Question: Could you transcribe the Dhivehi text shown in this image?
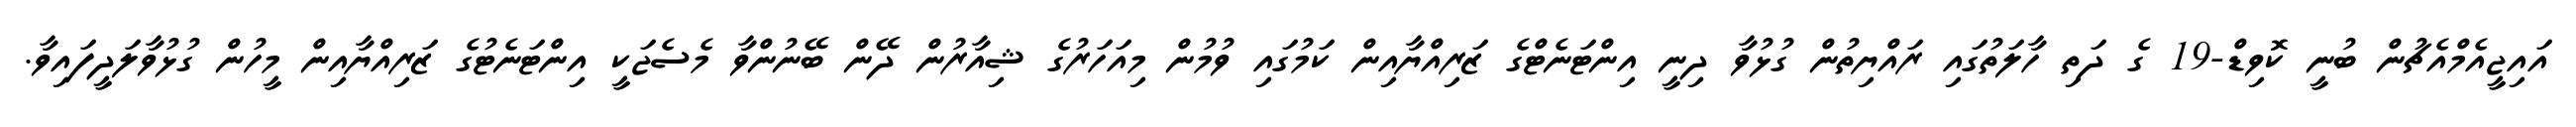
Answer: އައިޖީއެމްއެޗުން ބުނީ ކޮވިޑް-19 ގެ ދަތި ހާލަތުގައި ރައްޔިތުން ގުޅުވާ ދިނީ އިންޓަނެޓްގެ ޒަރިއްޔާއިން ކަމުގައި ވުމުން މިއަހަރުގެ ޝިއާރުން ދޭން ބޭނުންވާ މެސެޖަކީ އިންޓަނެޓުގެ ޒަރިއްޔާއިން މީހުން ގުޅުވާލަދީފައިވާ.